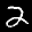
Label: 2